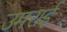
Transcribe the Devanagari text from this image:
उमराई